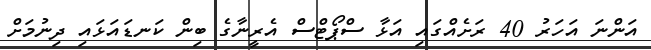
އަންނަ އަހަރު 40 ރަށެއްގައި އަޅާ ސްޕޯޓްސް އެރީނާގެ ބިން ކަނޑައަޅައި ދިނުމަށް